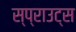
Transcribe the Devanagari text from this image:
स्प्राउट्स